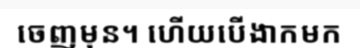
ចេញមុន។ ហើយបើងាកមក